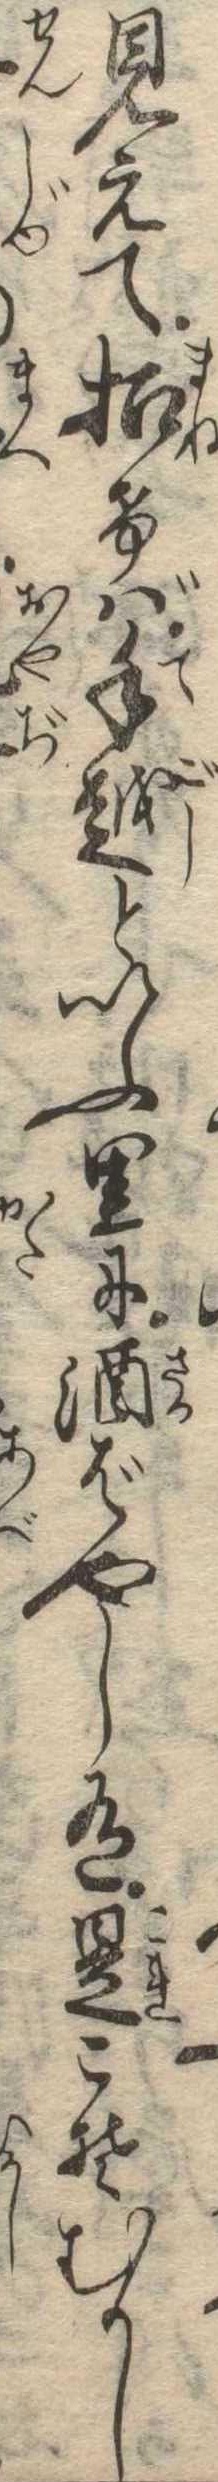
見えて招けば手越といふ里に酒ばやし有是こそむかし